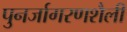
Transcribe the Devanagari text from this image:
पुनर्जागरणशैली